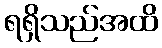
ရရှိသည်အထိ